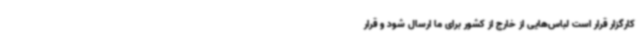
کارگزار قرار است لباس‌هایی از خارج از کشور برای ما ارسال شود و قرار